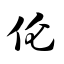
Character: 伦